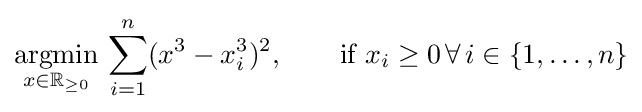
{\underset {x\in \mathbb {R} _{\geq 0}}{\operatorname {argmin} }}\,\sum _{i=1}^{n}(x^{3}-x_{i}^{3})^{2},\qquad {\text{if }}x_{i}\geq 0\,\forall \,i\in \{1,\dots ,n\}